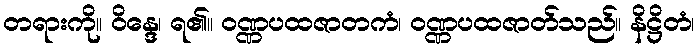
တရားကို။ ဝိန္ဒေ၊ ရ၏။ ဝဏ္ဏပထဇာတကံ၊ ဝဏ္ဏပထဇာတ်သည်။ နိဋ္ဌိတံ၊